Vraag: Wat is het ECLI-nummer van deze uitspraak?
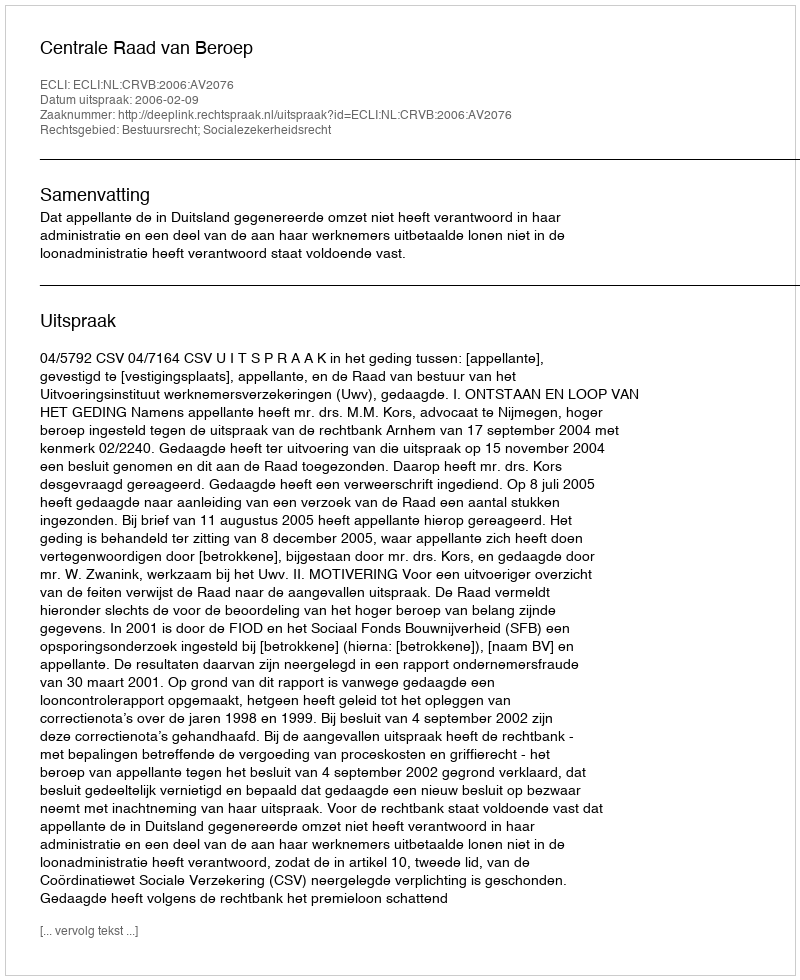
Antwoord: ECLI:NL:CRVB:2006:AV2076